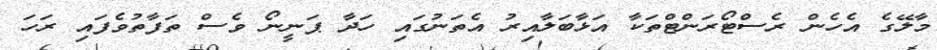
މާލޭގެ އެހެން ރެސްޓޯރަންޓްތަކާ އަޅާބަލާއިރު އެތަނުގައި ހަދާ ޕަނީނޯ ވެސް ތަފާތުވެފައި ރަހަ